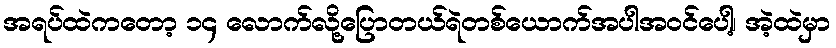
အရပ်ထဲကတော့ ၁၄ လောက်လို့ပြောတယ်ရဲတစ်ယောက်အပါအဝင်ပေါ့၊ အဲ့ထဲမှာ